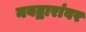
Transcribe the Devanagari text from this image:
नवद्वारांवर